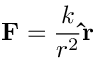
\mathbf { F } = { \frac { k } { r ^ { 2 } } } \mathbf { \hat { r } }